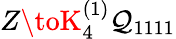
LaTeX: Z\toK_{4}^{(1)}\mathcal{Q}_{1111}